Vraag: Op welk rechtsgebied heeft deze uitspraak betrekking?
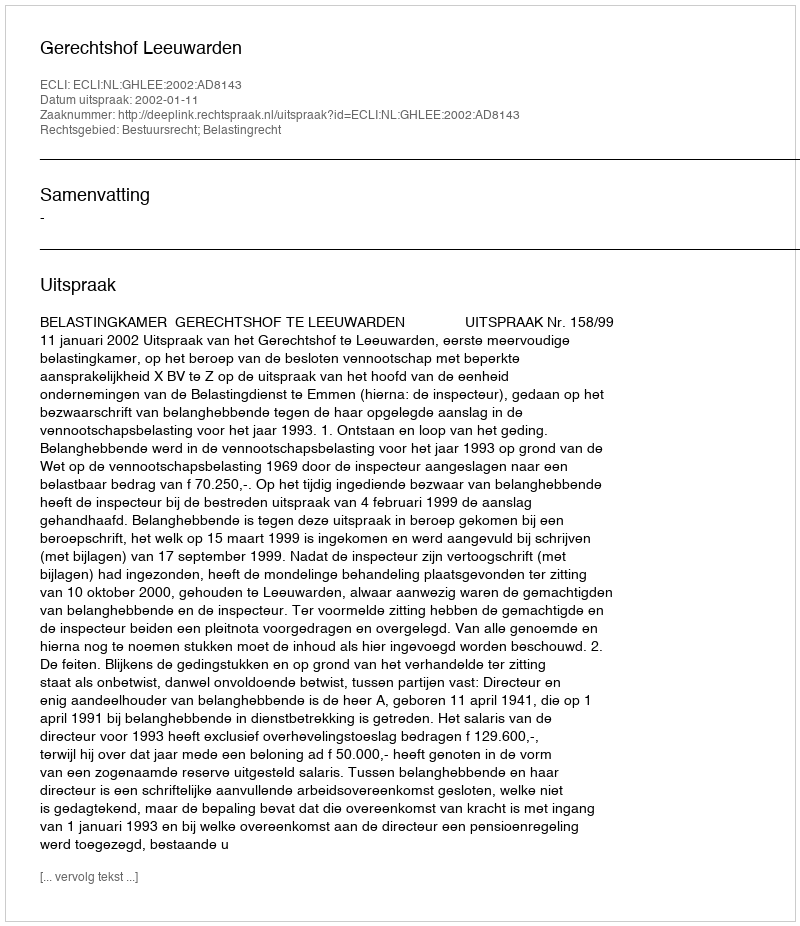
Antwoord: Bestuursrecht; Belastingrecht